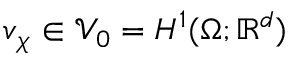
\boldsymbol { v } _ { \boldsymbol { \chi } } \in \mathcal { V } _ { 0 } = H ^ { 1 } ( \Omega ; \mathbb { R } ^ { d } )